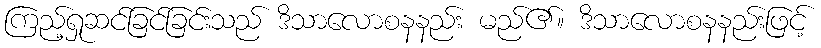
ကြည့်ရှုဆင်ခြင်ခြင်းသည် ဒိသာလောစနနည်း မည်၏။ ဒိသာလောစနနည်းဖြင့်